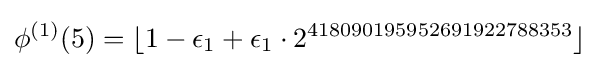
\phi ^{(1)}(5)=\lfloor 1-\epsilon _{1}+\epsilon _{1}\cdot 2^{418090195952691922788353}\rfloor